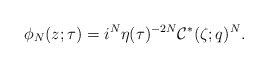
\begin{align*}\phi_{N}(z;\tau)=i^N\eta(\tau)^{-2N}\mathcal C^*(\zeta;q)^N.\end{align*}